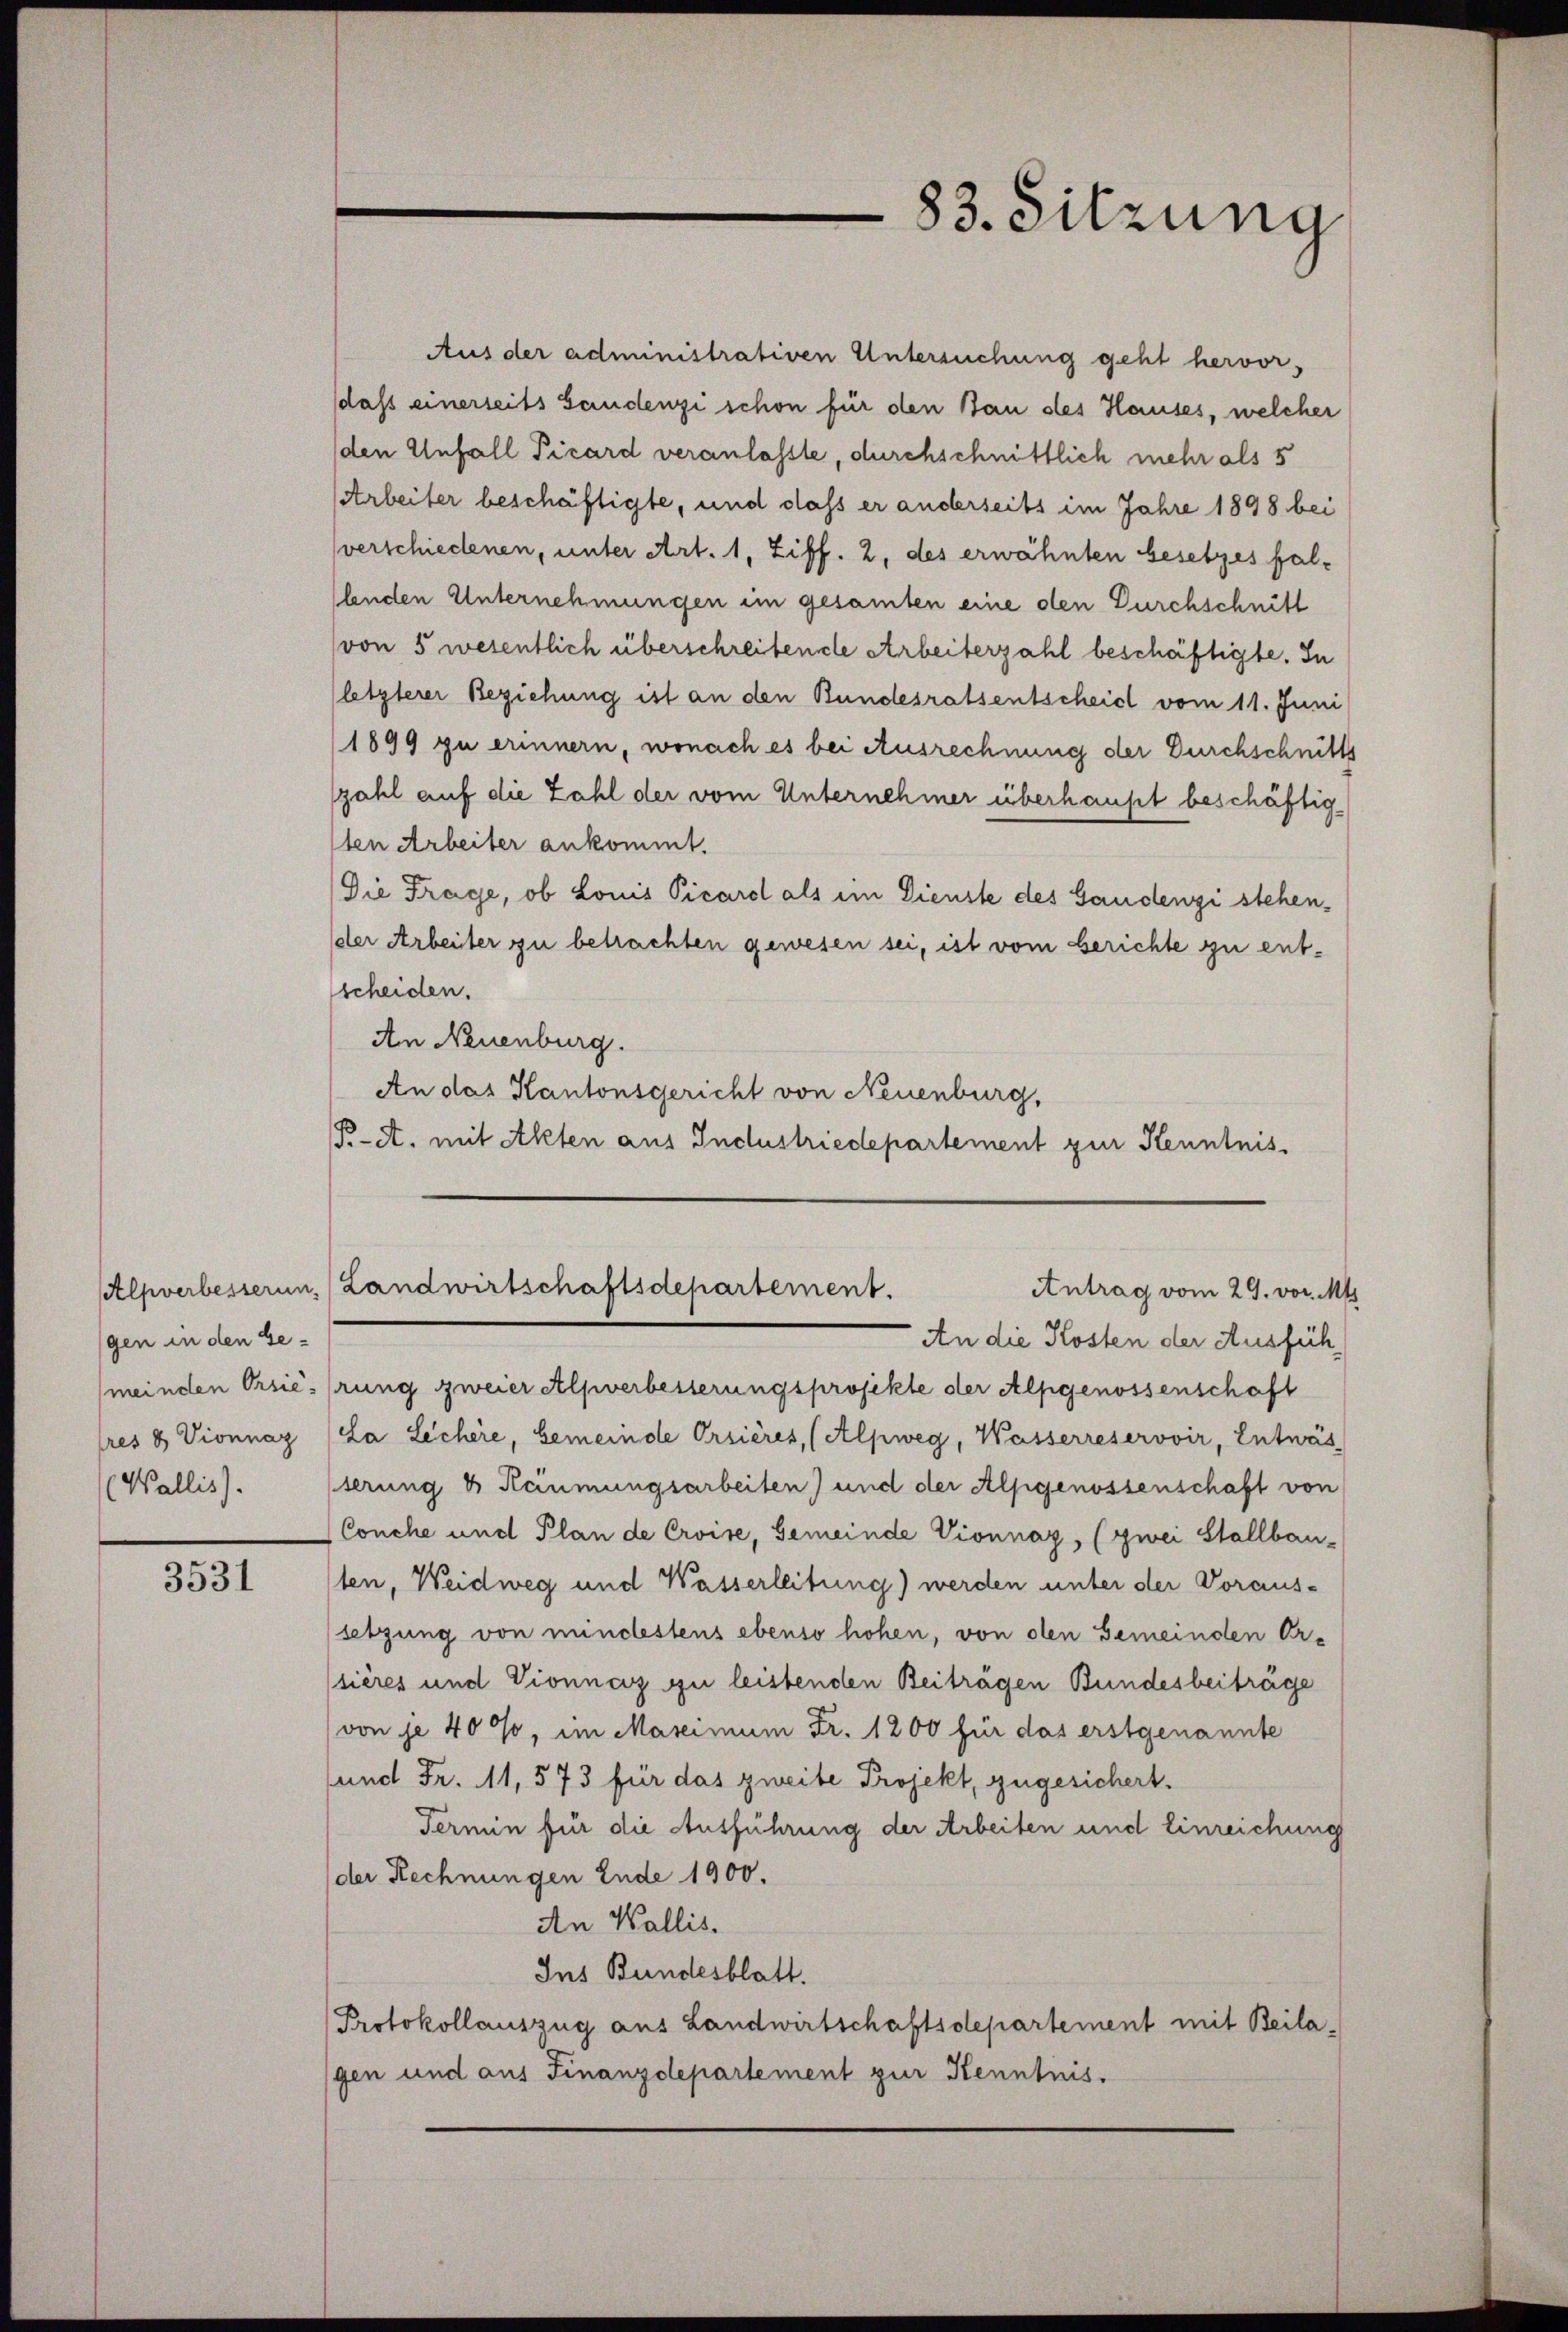
gen in den Ge¬
(Wallis).

3531

83. Sitzung

Aus der administrativen Untersuchung geht hervor,
daß einerseits Gandenzi schon für den Bau des Hauses, welcher
den Unfall Picard veranlasste, durchschnittlich mehr als 5
Arbeiter beschäftigte, und dass er anderseits im Jahre 1898 bei
verschiedenen, unter Art. 1, Ziff. 2, des erwähnten besetzes fallenden Unternehmungen im gesamten eine den Durchschnitt
von 5 wesentlich überschreibende Arbeiterzahl beschäftigte. In
(letzterer Beziehung ist an den Bundesratsentscheid vom 11. Juni
1899 zu erinnern, wonach es bei Ausrechnung der Durchschnitts
szahl auf die Zahl der vom Unternehmer überhaupt beschäftig¬
1ten Arbeiter ankommt.
Die Frage, ob Louis Picare als im Dienste des Gandenzi stehen¬
(der Arbeiter zu betrachten gewesen sei, ist vom berichte zu entscheiden.
An Neuenburg.
An das Kantonsgericht von Neuenburg,
P.A. mit Akten aus Industriedepartement zur Kenntnis¬

Alpverbesserun (Landwirtschaftsdepartement.
Antrag vom 29. vor. Mts
An die Kosten der Ausfüh¬

meinden Orsierung zweier Alpverbesserungsprojekte der Alpgenossenschaft
tres 8 Vionnaz (La Lechère, Gemeinde Orsières, (Alpweg, Wasserreservoir, Entwäs
serung & Räumungsarbeiten) und der Alpgenossenschaft von
Conche und Plan de Croise, Gemeinde Vionnaz, (zwei Stallbau-
ten, Weidweg und Wasserleitung) werden unter der Voraus-
setzung von mindestens ebenso hohen, von den Gemeinden Or-
(sières und Vionnenz zu leistenden Beiträgen Bundesbeiträge
von je 40%, im Marcimum Fr. 1200 für das erstgenannte
sund Fr. 11, 573 für das zweite Projekt, zugesichert.
Termin für die Ausführung der Arbeiten und Einreichung
der Rechnungen Ende 1900.
An Wallis.
Ins Bundesblatt.
Protokollauszug aus Landwirtschaftsdepartement mit Beilagen und aus Finanzdepartement zur Kenntnis.